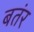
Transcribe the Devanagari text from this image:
बतंर